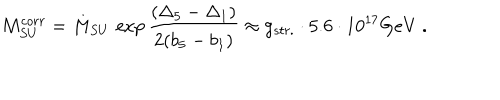
M _ { S U } ^ { c o r r } = M _ { S U } \, \exp \frac { ( { \Delta } _ { 5 } - { \Delta } _ { 1 } ) } { 2 ( b _ { 5 } - b _ { 1 } ) } \approx g _ { s t r . } \cdot 5 . 6 \cdot 1 0 ^ { 1 7 } G e V \ .